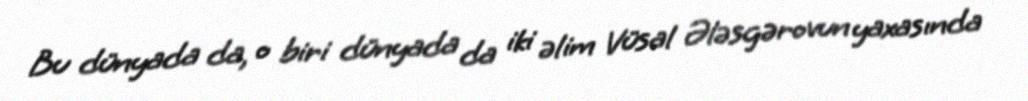
Bu dünyada da, o biri dünyada da iki əlim Vüsal Ələsgərovun yaxasında